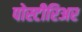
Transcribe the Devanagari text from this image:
पोस्टीरिअर